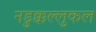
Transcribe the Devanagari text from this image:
नडुक्कल्लुकल